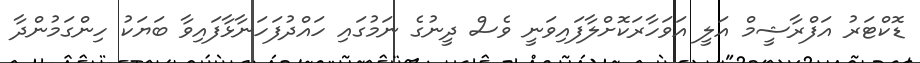
ޑޮކްޓަރު އަފްރާޝީމް އަލީ އަވަހާރަކޮށްލާފައިވަނީ ވެސް ދީނުގެ ނަމުގައި ހައްދުފަހަނާޅާފައިވާ ބަޔަކު ހިންގަމުންދާ